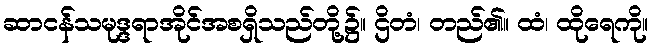
ဆာငန်သမုဒ္ဒရာအိုင်အစရှိသည်တို့၌။ ဌိတံ၊ တည်၏။ ထံ၊ ထိုရေကို။